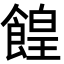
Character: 餭